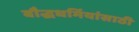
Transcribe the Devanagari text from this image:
बौद्धधर्मियांसाठी